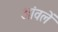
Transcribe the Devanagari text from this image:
आंवलें